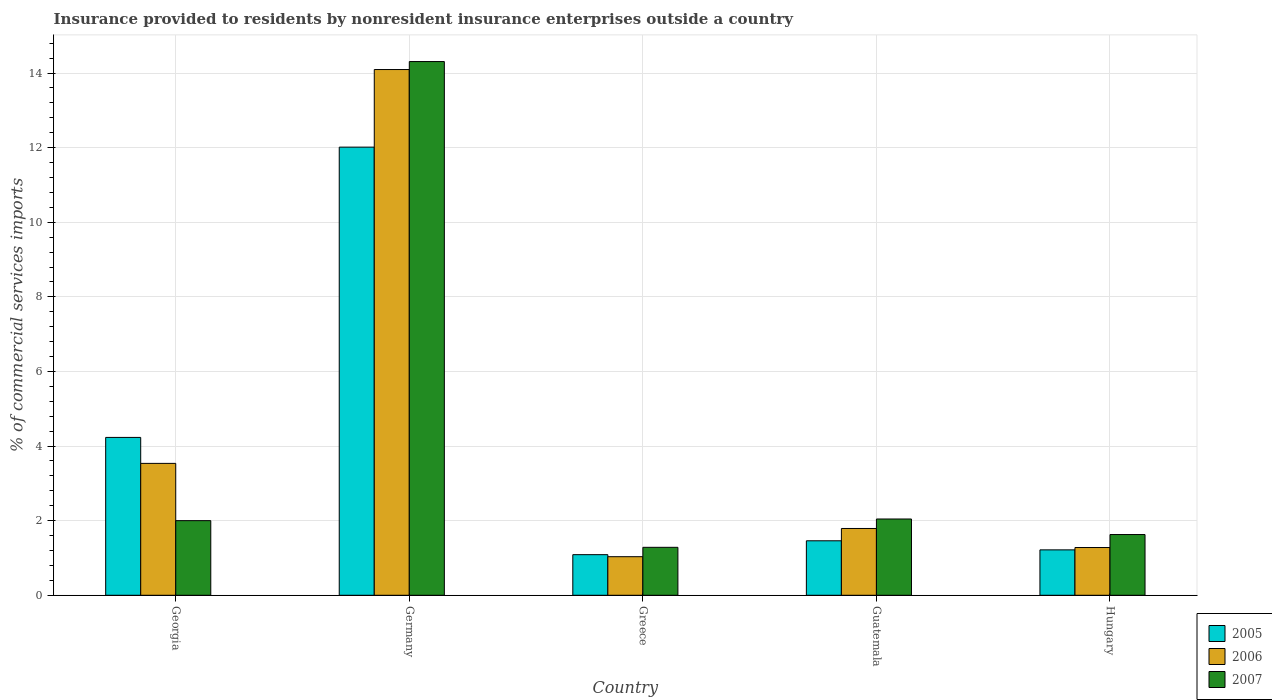
| Country | 2005 | 2006 | 2007 |
 | --- | --- | --- | --- |
 | Georgia | 4.23 | 3.54 | 2 |
 | Germany | 12 | 14.1 | 14.3 |
 | Greece | 1.09 | 1.03 | 1.29 |
 | Guatemala | 1.46 | 1.79 | 2.04 |
 | Hungary | 1.22 | 1.28 | 1.63 |